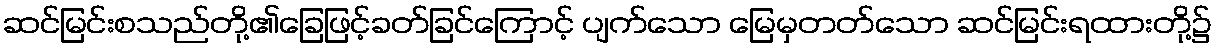
ဆင်မြင်းစသည်တို့၏ခြေဖြင့်ခတ်ခြင်ကြောင့် ပျက်သော မြေမှတတ်သော ဆင်မြင်းရထားတို့၌